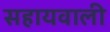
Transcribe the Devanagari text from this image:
सहायवाली